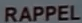
RAPPEL